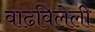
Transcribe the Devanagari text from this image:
वाढविलेली